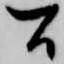
間